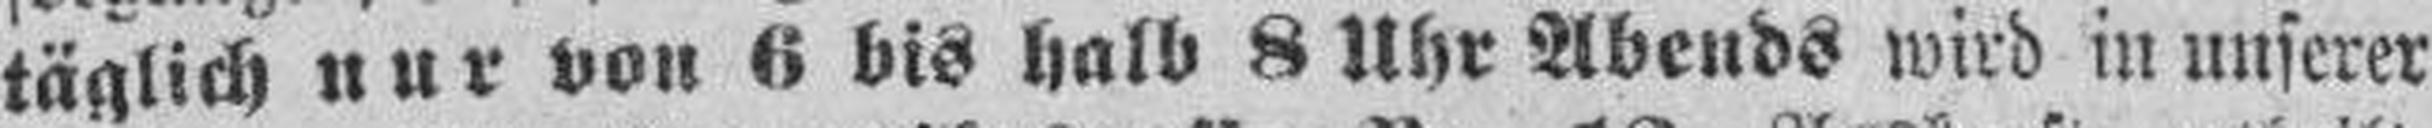
täglich nur von 6 bis halb 8 Uhr Abends wird in unserer